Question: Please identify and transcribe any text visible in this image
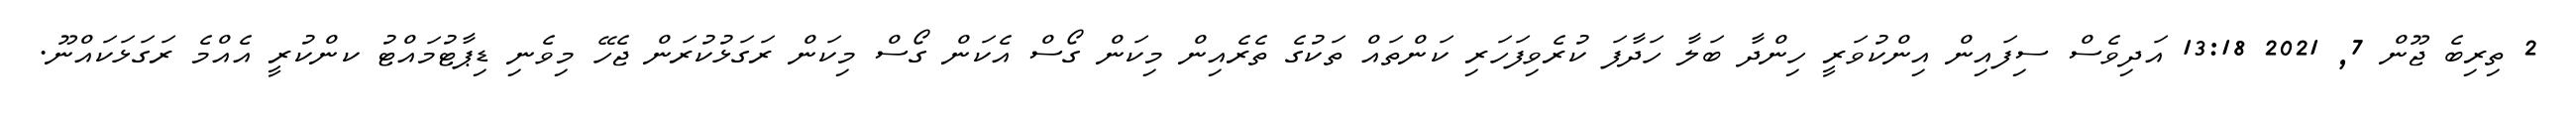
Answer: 2 ތިރިބެ ޖޫން 7, 2021 13:18 އަދިވެސް ސިފައިން އިންކުވަރީ ހިންދާ ބަލާ ހަދާފަ ކުރެވިފަހަރި ކަންތައް ތަކުގެ ތެރެއިން މިކަން ގޯސް އެކަން ގޯސް މިކަން ރަގަޅުކުރަން ޖެހޭ މިވެނި ޑިޕާޓުމައްޓު ކންކުރީ އެއްމެ ރަގަޅަކައްނޫ.